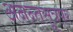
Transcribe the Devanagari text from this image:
अनन्तसूत्रपर